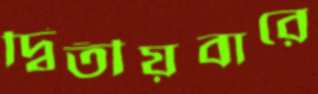
দ্বিতীয়বারে